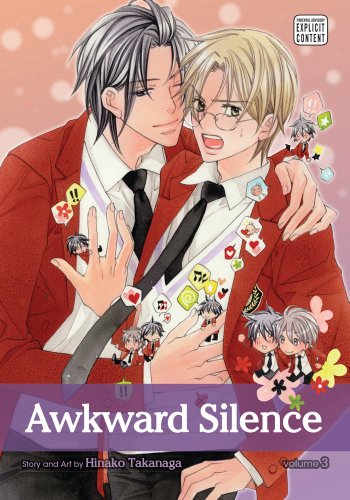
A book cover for Awkward Silence, Vol. 3; Hinako Takanaga; Comics & Graphic Novels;